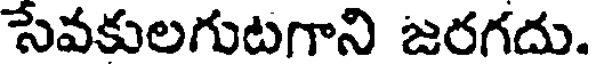
సేవకులగుటగాని జరగదు.